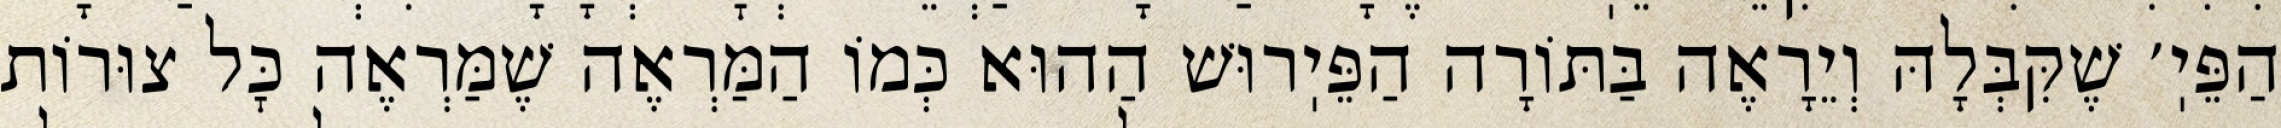
הַפֵּיֽ׳ שֶׁקִּבְּלָהּ וְיֵרָאֶה בַּתּוֹרָה הַפֵּיֽרוּשׁ הַהוּא כְּמוֹ הַמַּרְאֶה שֶׁמַּרְאֶה כׇּל צוּרוֹת